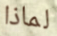
لماذا